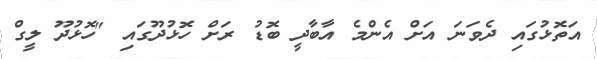
އަތޮޅުގައި ދެވަނަ އަށް އެންމެ އާބާދީ ބޮޑު ރަށް ހޮޅުދޫގައި "ހޮޅުދޫ ލީގް